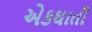
એકઘાતી